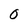
Character: 0